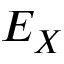
E _ { X }